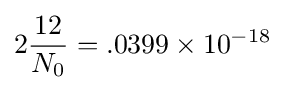
2{\frac {12}{N_{0}}}=.0399\times 10^{-18}